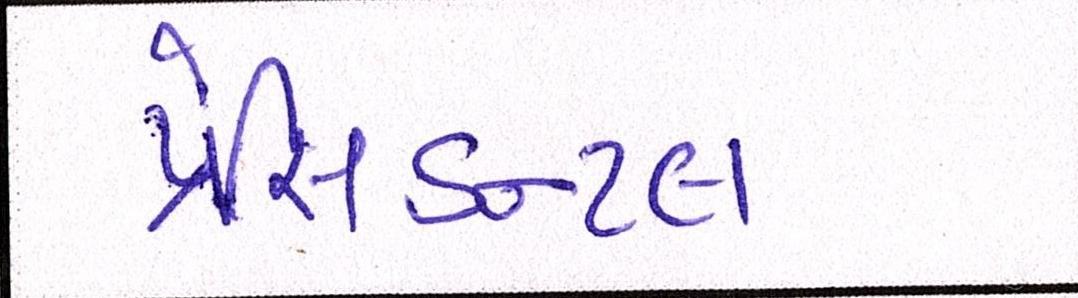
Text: પ્રેસિડન્ટલ